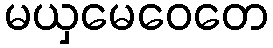
မယှမေဝေတေ